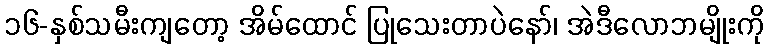
၁၆-နှစ်သမီးကျတော့ အိမ်ထောင် ပြုသေးတာပဲနော်၊ အဲဒီလောဘမျိုးကို